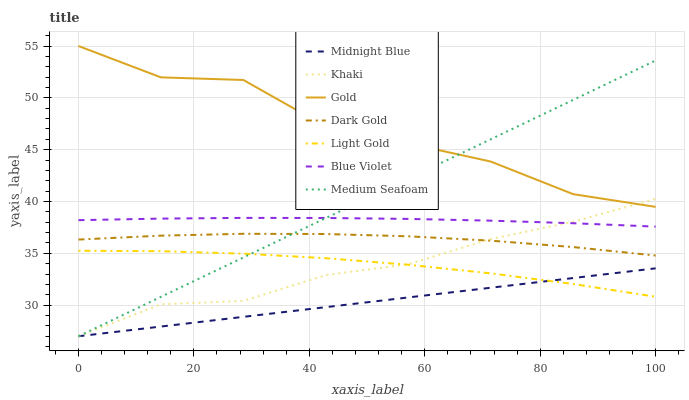
| xaxis_label | Midnight Blue | Khaki | Gold | Dark Gold | Light Gold | Blue Violet | Medium Seafoam |
 | --- | --- | --- | --- | --- | --- | --- | --- |
 | 0 | 27 | 27 | 55 | 36.3 | 35.2 | 38.2 | 27 |
 | 14.3 | 27.9 | 30.1 | 52 | 36.7 | 35.2 | 38.3 | 30.8 |
 | 28.6 | 28.9 | 30.4 | 51.7 | 36.9 | 35 | 38.4 | 34.6 |
 | 42.9 | 29.8 | 32.9 | 47.2 | 36.9 | 34.5 | 38.4 | 38.4 |
 | 57.1 | 30.7 | 33.9 | 45.6 | 36.6 | 33.9 | 38.3 | 42.2 |
 | 71.4 | 31.7 | 36.4 | 43.9 | 36.2 | 33.1 | 38.2 | 46 |
 | 85.7 | 32.6 | 38 | 40.7 | 35.6 | 32 | 37.9 | 49.8 |
 | 100 | 33.6 | 40.3 | 39.5 | 34.8 | 30.8 | 37.6 | 53.6 |